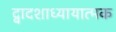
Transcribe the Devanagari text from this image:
द्वादशाध्यायात्मक